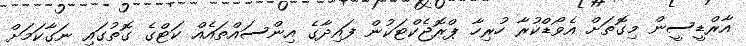
އާރްޑީސީން މިގޮތަށް އެވޯޑްކުރާ ހުރިހާ ޕްރޮޖެކްޓަކުން ފައިދާގެ އިންސައްތައެއް ކަޓްގެ ގޮތުގައި ނަގާކަމަށް